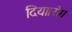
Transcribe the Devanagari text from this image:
दिया।रोग